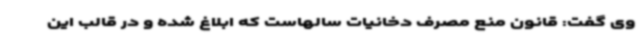
وی گفت: قانون منع مصرف دخانیات سالهاست که ابلاغ شده و در قالب این